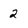
Character: 2